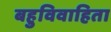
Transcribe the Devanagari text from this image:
बहुविवाहिता